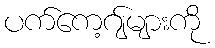
ပက်ကေ့ဂျ်များကို